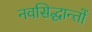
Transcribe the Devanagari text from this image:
नवसिद्धान्तों